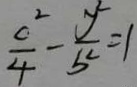
\frac { c ^ { 2 } } { 4 } - \frac { y ^ { 2 } } { b ^ { 2 } } = 1